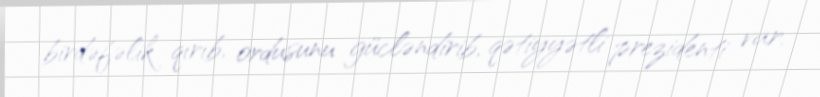
birdəfəlik qırıb, ordusunu gücləndirib, qətiyyətli prezidenti var.